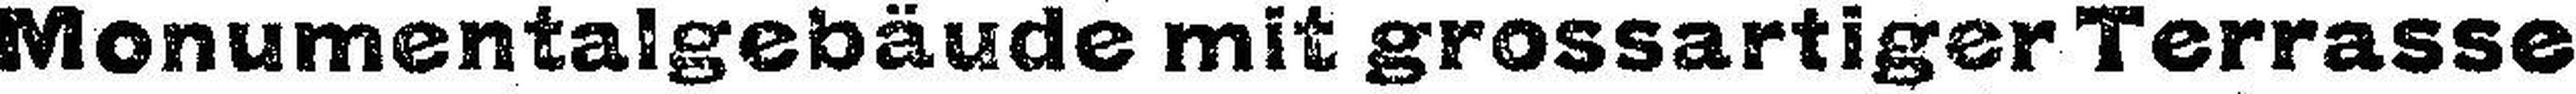
Monumentalgebäude mit grossartiger Terrasse